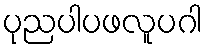
ပုညပါပဖလူပဂါ